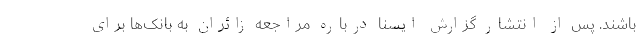
باشند. پس از انتشار گزارش ایسنا درباره مراجعه زائران به بانک‌ها برای